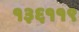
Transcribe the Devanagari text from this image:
१३६११९